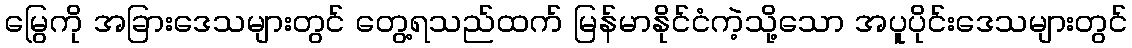
မြွေကို အခြားဒေသများတွင် တွေ့ရသည်ထက် မြန်မာနိုင်ငံကဲ့သို့သော အပူပိုင်းဒေသများတွင်